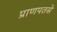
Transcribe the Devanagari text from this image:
प्राणपतसे